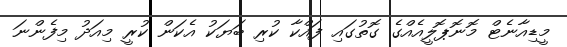
މީޑިއާނެޓް މޮނޮޕޮލީއެއްގެ ގޮތުގައި ފައްކާ ކުރި ބަޔަކު އެކަން ކުރީ މިއަދު މިފެންނަ